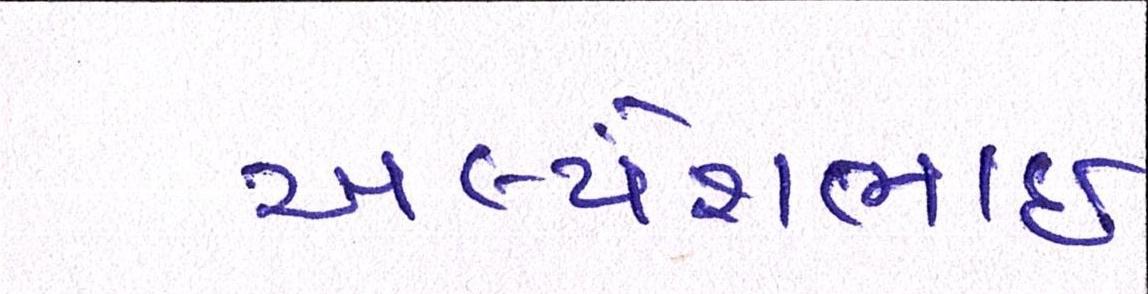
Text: અલ્પેશભાઇ